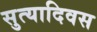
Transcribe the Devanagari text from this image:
सुत्यादिवस